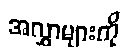
အလွှာများကို